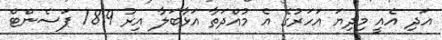
އަދި އެއީ މިދިޔަ އަހަރުގެ އެ މުއްދަތާ އަޅާބަލާ އިރު 18.9 ޕަސެންޓް